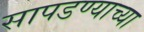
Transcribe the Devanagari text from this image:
सापडण्याच्या